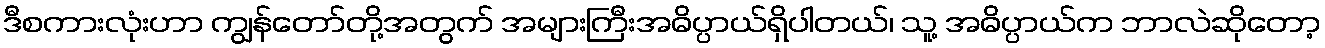
ဒီစကားလုံးဟာ ကျွန်တော်တို့အတွက် အများကြီးအဓိပ္ပာယ်ရှိပါတယ်၊ သူ့ အဓိပ္ပာယ်က ဘာလဲဆိုတော့